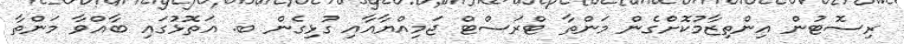
ރިސޮޓުން އިންތިޒާމުކޮށްގެން މަންތާ ޓްރަސްޓް ޖަމިއްޔާއާއި ގުޅިގެން ބ. އަތޮޅުގައި ބާއްވާ މަންތާ